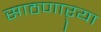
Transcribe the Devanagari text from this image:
साठणाऱ्या